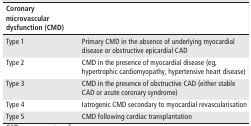
| Coronary microvascular dysfunction (CMD) |  |
 | --- | --- |
 | Type 1 | Primary CMD in the absence of underlying myocardial disease or obstructive epicardial CAD |
 | Type 2 | CMD in the presence of myocardial disease (eg, hypertrophic cardiomyopathy, hypertensive heart disease) |
 | Type 3 | CMD in the presence of obstructive CAD (either stable CAD or acute coronary syndrome) |
 | Type 4 | Iatrogenic CMD secondary to myocardial revascularisation |
 | Type 5 | CMD following cardiac transplantation |